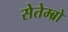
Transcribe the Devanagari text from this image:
सेतेम्ब्रो